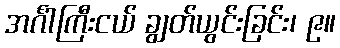
အင်္ဂါကြီးငယ် ချွတ်ယွင်းခြင်း၊ ၉။